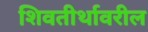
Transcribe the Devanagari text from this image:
शिवतीर्थावरील